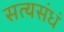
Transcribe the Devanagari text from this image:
सत्यसंधं